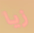
زيا